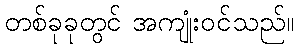
တစ်ခုခုတွင် အကျုံးဝင်သည်။